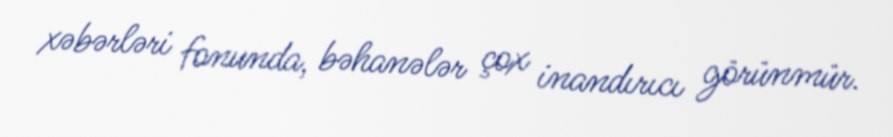
xəbərləri fonunda, bəhanələr çox inandırıcı görünmür.